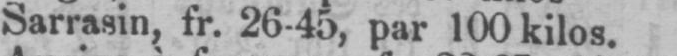
Sarrasin, fr. 26-45, par 100 kilos.